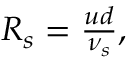
\begin{array} { r } { { \cal R } _ { s } = \frac { u d } { \nu _ { s } } , } \end{array}